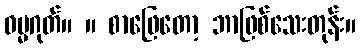
ဓမ္မဂုတ်။ ။ စာဖြေတော့ ဘာဖြစ်သေးတုန်း။